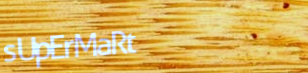
sUpErMaRt